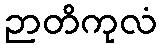
ဉာတိကုလံ